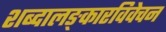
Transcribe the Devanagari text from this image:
शब्दालङ्कारविवेचन